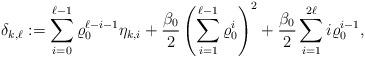
LaTeX: \begin{align*} \delta_{k,\ell} := \sum_{i=0}^{\ell-1} \varrho_0^{\ell-i-1} \eta_{k,i} +\frac{\beta_0}{2} \left( \sum_{i=1}^{\ell-1} \varrho_0^{i} \right)^2 +\frac{\beta_0}{2} \sum_{i=1}^{2\ell} i \varrho_0^{i-1} , \end{align*}